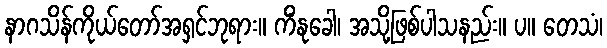
နာဂသိန်ကိုယ်တော်အရှင်ဘုရား။ ကိံနုခေါ၊ အသို့ဖြစ်ပါသနည်း။ ပ။ တေသံ၊